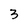
Character: 3